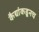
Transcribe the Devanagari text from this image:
कैद्यांकडूनच